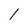
Character: l